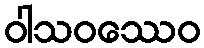
ဝါသဝဿေဝ